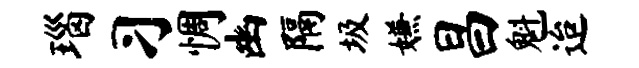
瑙习惆幽隔圾嫌昌魁迨